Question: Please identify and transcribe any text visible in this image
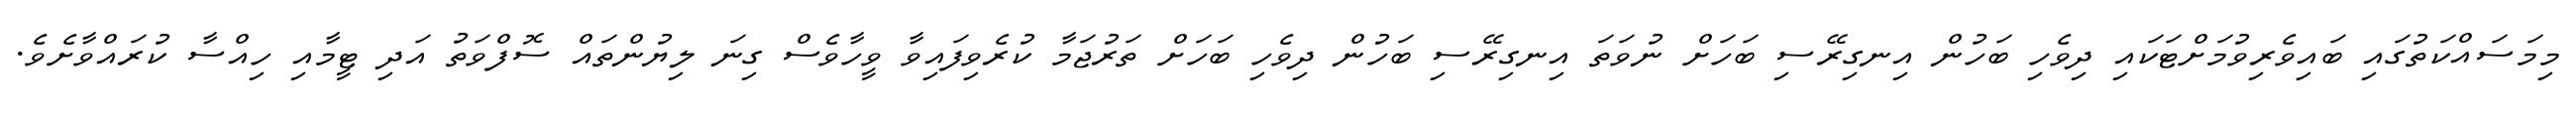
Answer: މިމަސައްކަތުގައި ބައިވެރިވުމަށްޓަކައި ދިވެހި ބަހުން އިނގިރޭސި ބަހަށް ނުވަތަ އިނގިރޭސި ބަހުން ދިވެހި ބަހަށް ތަރުޖަމާ ކުރެވިފައިވާ ވީހާވެސް ގިނަ ލިޔުންތައް ސޮފްވަތު އަދި ޓީމާއި ހިއްސާ ކުރައްވާށެވެ.